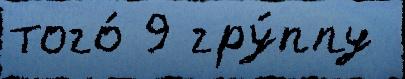
того́ 9 гру́ппу